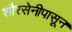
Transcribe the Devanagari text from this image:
शौरसेनीपासून